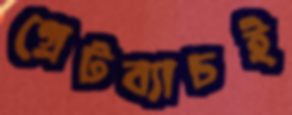
গ্রেটব্যাচই